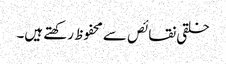
خلقی نقائص سے محفوظ رکھتے ہیں۔